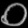
Digit: ၀